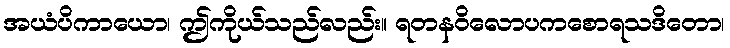
အယံပိကာယော၊ ဤကိုယ်သည်လည်း။ ရတနဝိလောပကစောရသဒိတော၊